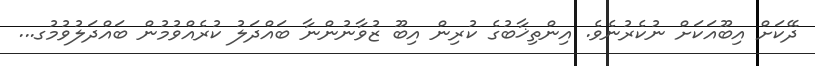
ދޭކަށް އިބޫއަކަށް ނުކެރުނެވެ. އިންތިޚާބުގެ ކުރިން އިބޫ ޒުވާނުންނާ ބައްދަލު ކުރެއްވުމުން ބައްދަލުވުމުގ...